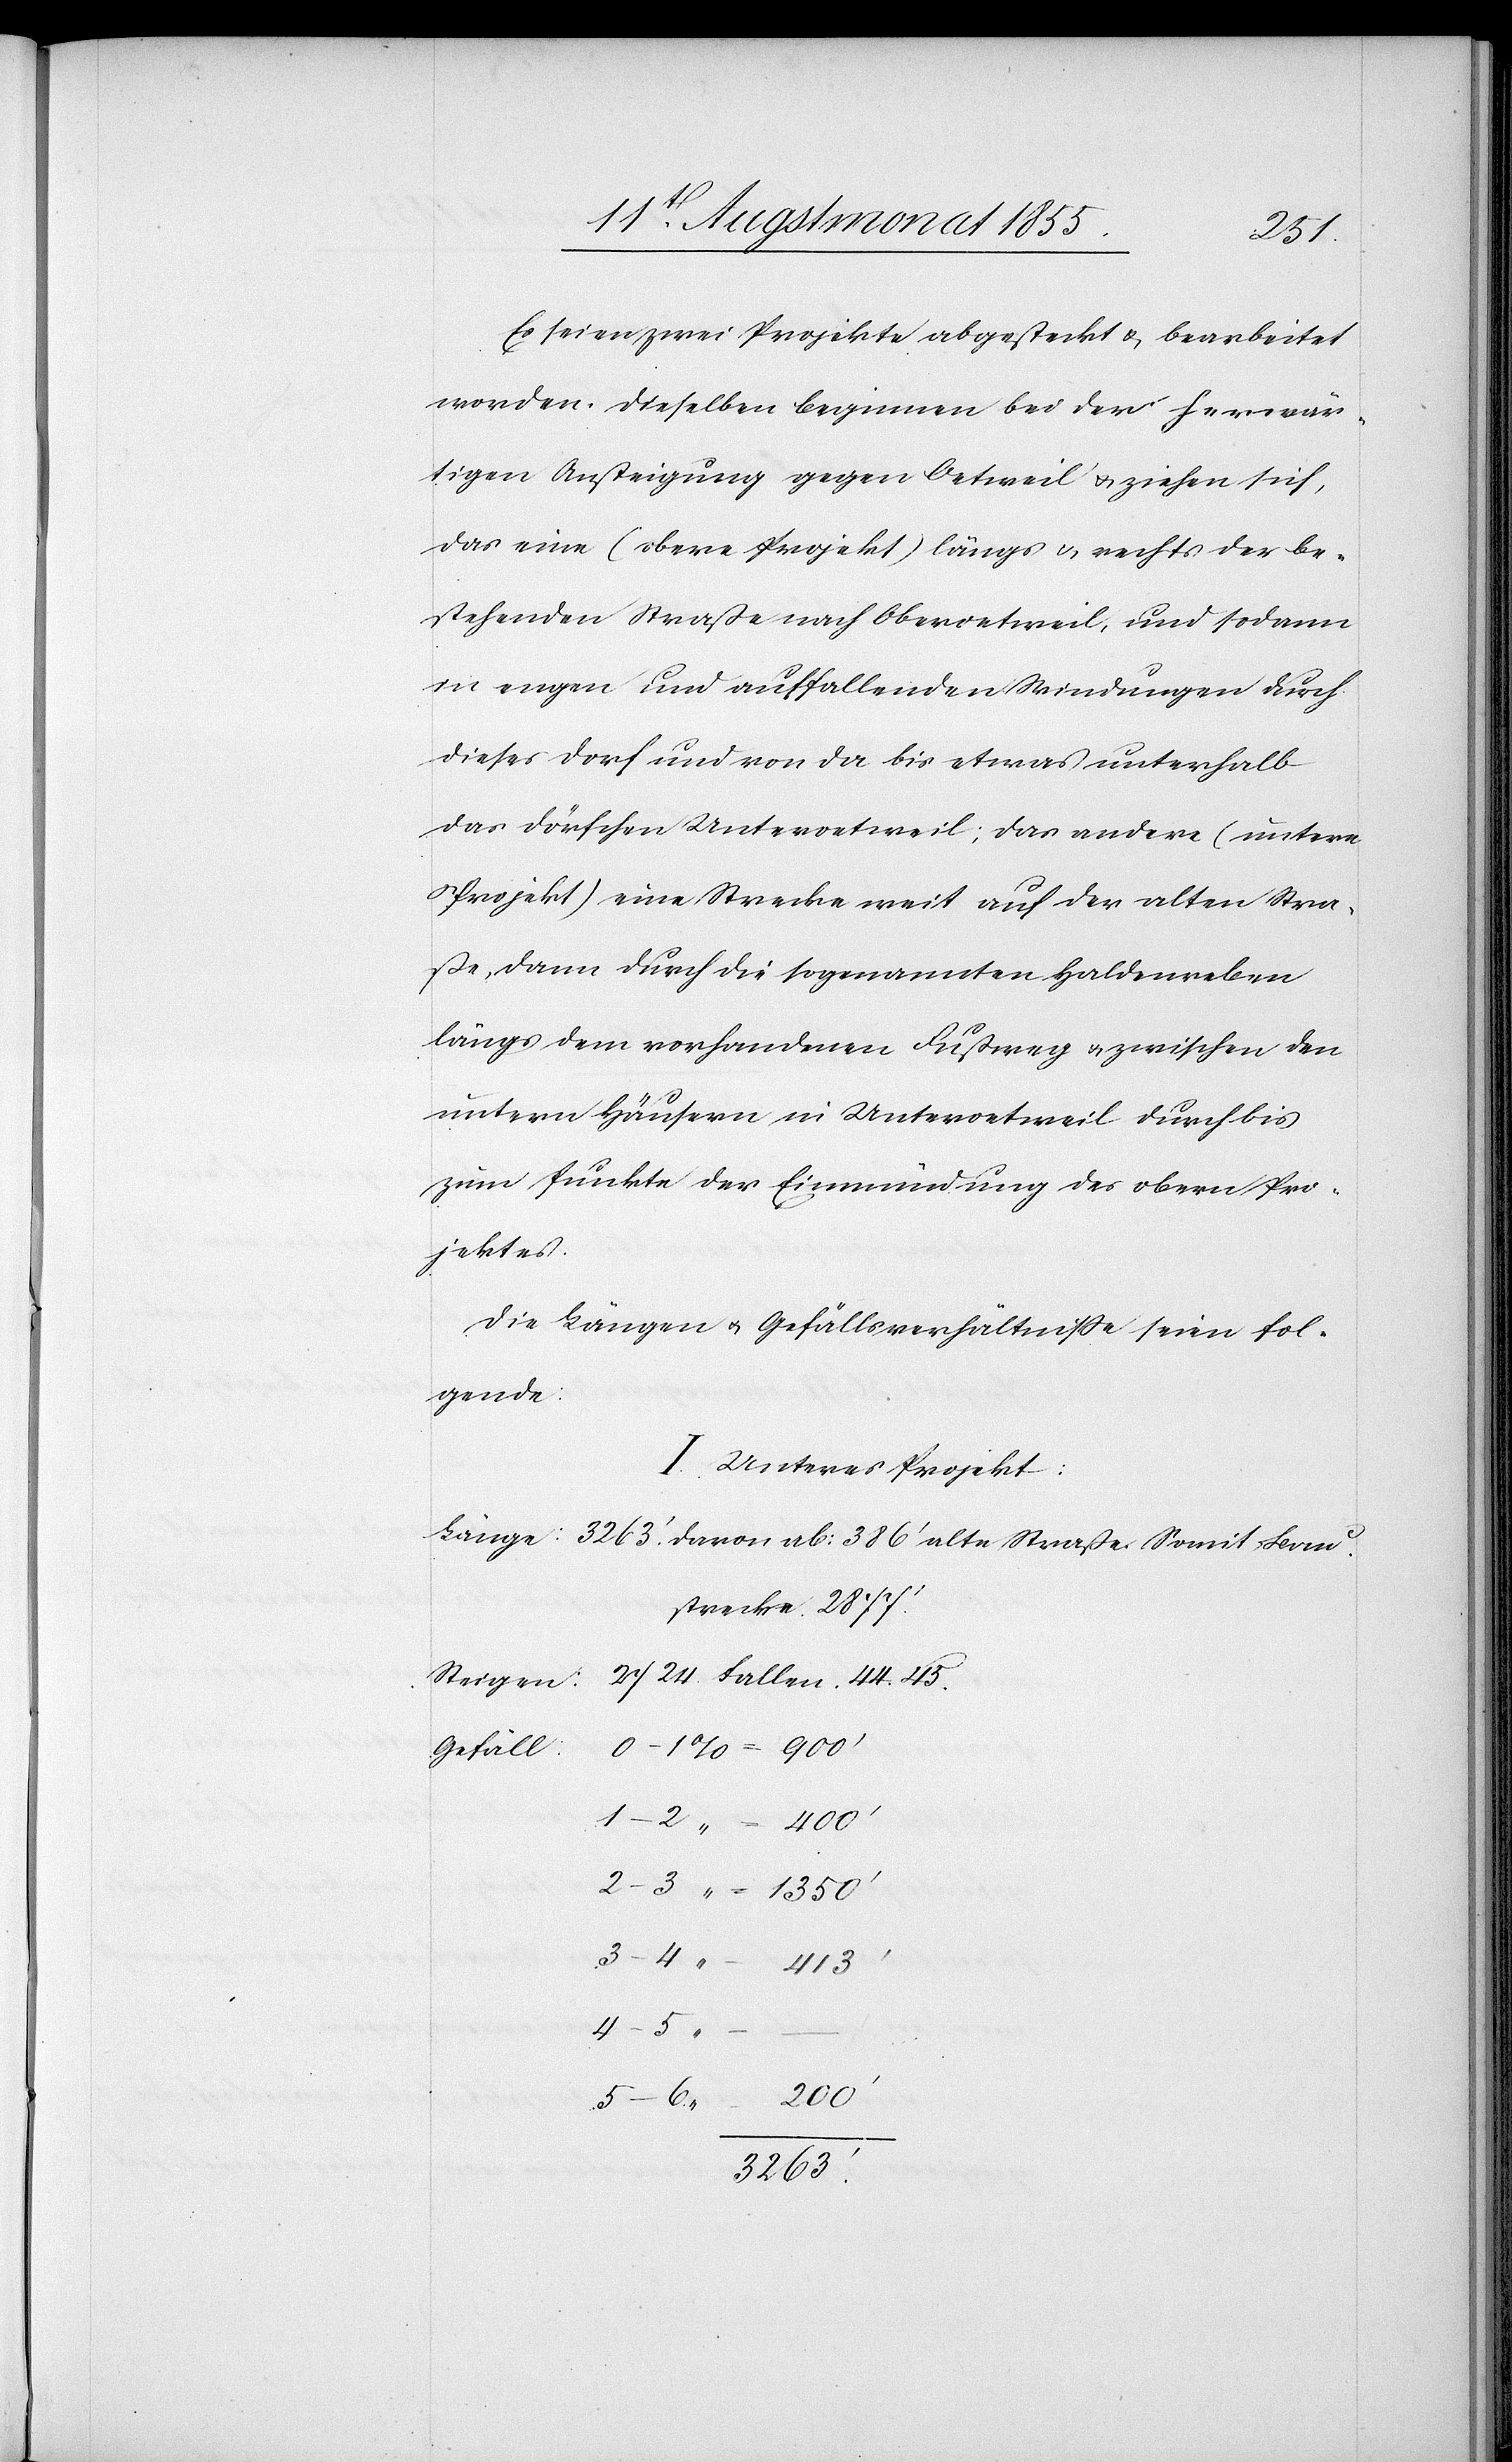
1350‘
Es seien zwei Projekte abgesteckt & bearbeitet
worden. Dieselben beginnen bei der herwär¬
tigen Ansteigung gegen Oetweil & ziehen sich,
das eine (obere Projekt) längs & rechts der be¬
stehenden Straße nach Oberoetweil, und sodann
in engen und auffallenden Windungen durch
dieses Dorf und von da bis etwas unterhalb
das Dörfchen Unteroetweil; das andere (untere
Projekt) eine Strecke weit auf der alten Stra¬
ße, dann durch die sogenannten Haldenreben
längs dem vorhandenen Fußweg & zwischen den
untern Häusern in Unteroetweil durch bis
zum Punkte der Einmündung des obern Pro¬
jektes.
Die Längen & Gefällsverhältniße seien fol¬
gende:
I. Unteres Projekt:
strecke 2877.‘
Gefäll:
4–5 “
–
200‘
3263.‘